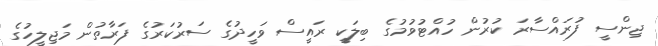
ޖިންސީ ފުރައްސާރަ ކުރުން ހުއްޓުވުމުގެ ބިލަކީ ރައީސް ވަހީދުގެ ސަރުކަރުގެ ފަރާތުން މަޖިލީހުގެ